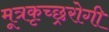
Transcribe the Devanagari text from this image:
मूत्रकृच्छ्ररोगी